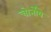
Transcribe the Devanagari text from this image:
चोर्नोये